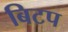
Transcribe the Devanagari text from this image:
बिटप